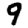
Digit: 9